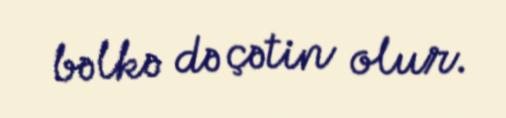
bəlkə də çətin olur.